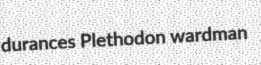
durances Plethodon wardman